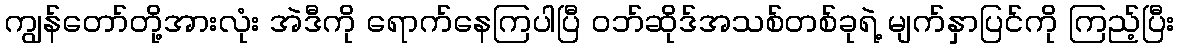
ကျွန်တော်တို့အားလုံး အဲဒီကို ရောက်နေကြပါပြီ ဝဘ်ဆိုဒ်အသစ်တစ်ခုရဲ့ မျက်နှာပြင်ကို ကြည့်ပြီး